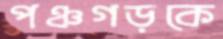
পঞ্চগড়কে